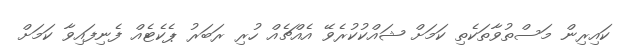
ކައިރިން މަސްތުވާތަކެތި ކަމަށް ޝައްކުކުރެވޭ އެއްޗެއް ހުރި ރަބަރު ޕެކެޓެއް ފެނިފައިވާ ކަމަށް